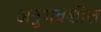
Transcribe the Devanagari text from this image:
अनुभवशील